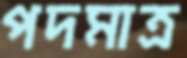
পদমাত্র